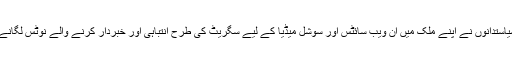
دوسری صورت میں جرمن سیاستدانوں نے اپنے ملک میں ان ویب سائٹس اور سوشل میڈیا کے لیے سگریٹ کی طرح انتباہی اور خبردار کرنے والے نوٹس لگانے کی تجویز بھی پیش کی ہے۔